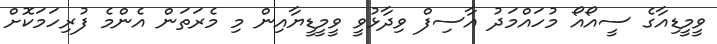
ވީމީޑިއާގެ ސީއޯއޯ މުހައްމަދު އާސިފް ވިދާޅުވީ ވީމީޑީޔާއިން މި މެރަތަން އެންމެ ފުރިހަމަކޮށް